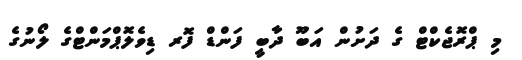
މި ޕްރޮޖެކްޓް ގެ ދަށުން އަބޫ ދާބީ ފަންޑް ފޮރ ޑިވެލޮޕްމަންޓްގެ ލޯނުގެ